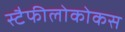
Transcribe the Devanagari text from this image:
स्टैफीलोकोकस